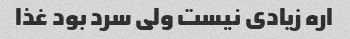
اره زیادی نیست ولی سرد بود غذا